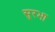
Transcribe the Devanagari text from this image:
सुरभा